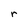
Character: r